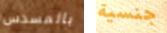
بالمسدس جنسية